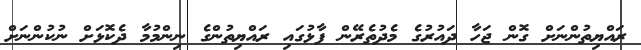
ރައްޔިތުންނަށް ގޮން ޖަހާ ދައުރުގެ މެދުތެރޭން ފާޅުގައި ރައްޔިތުންގެ ނިންމުމާ ދެކޮޅަށް ނުކުންނަށް